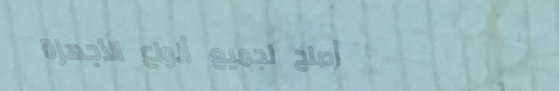
أصلح لجميع أنواع الأجهزة